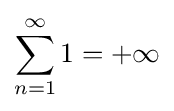
\sum _{n=1}^{\infty }1=+\infty